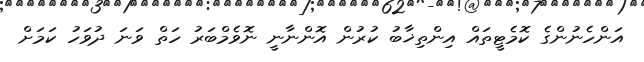
އަންހެނުންގެ ކޮމެޓީތައް އިންތިޚާބު ކުރުން އޮންނާނީ ނޮވެމްބަރު ހަތް ވަނަ ދުވަހު ކަމަށް